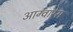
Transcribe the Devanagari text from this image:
आग्वारेस